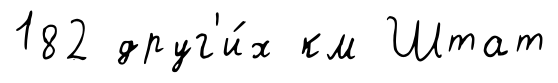
182 друг'и́х км Штат